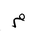
Letter: _mim